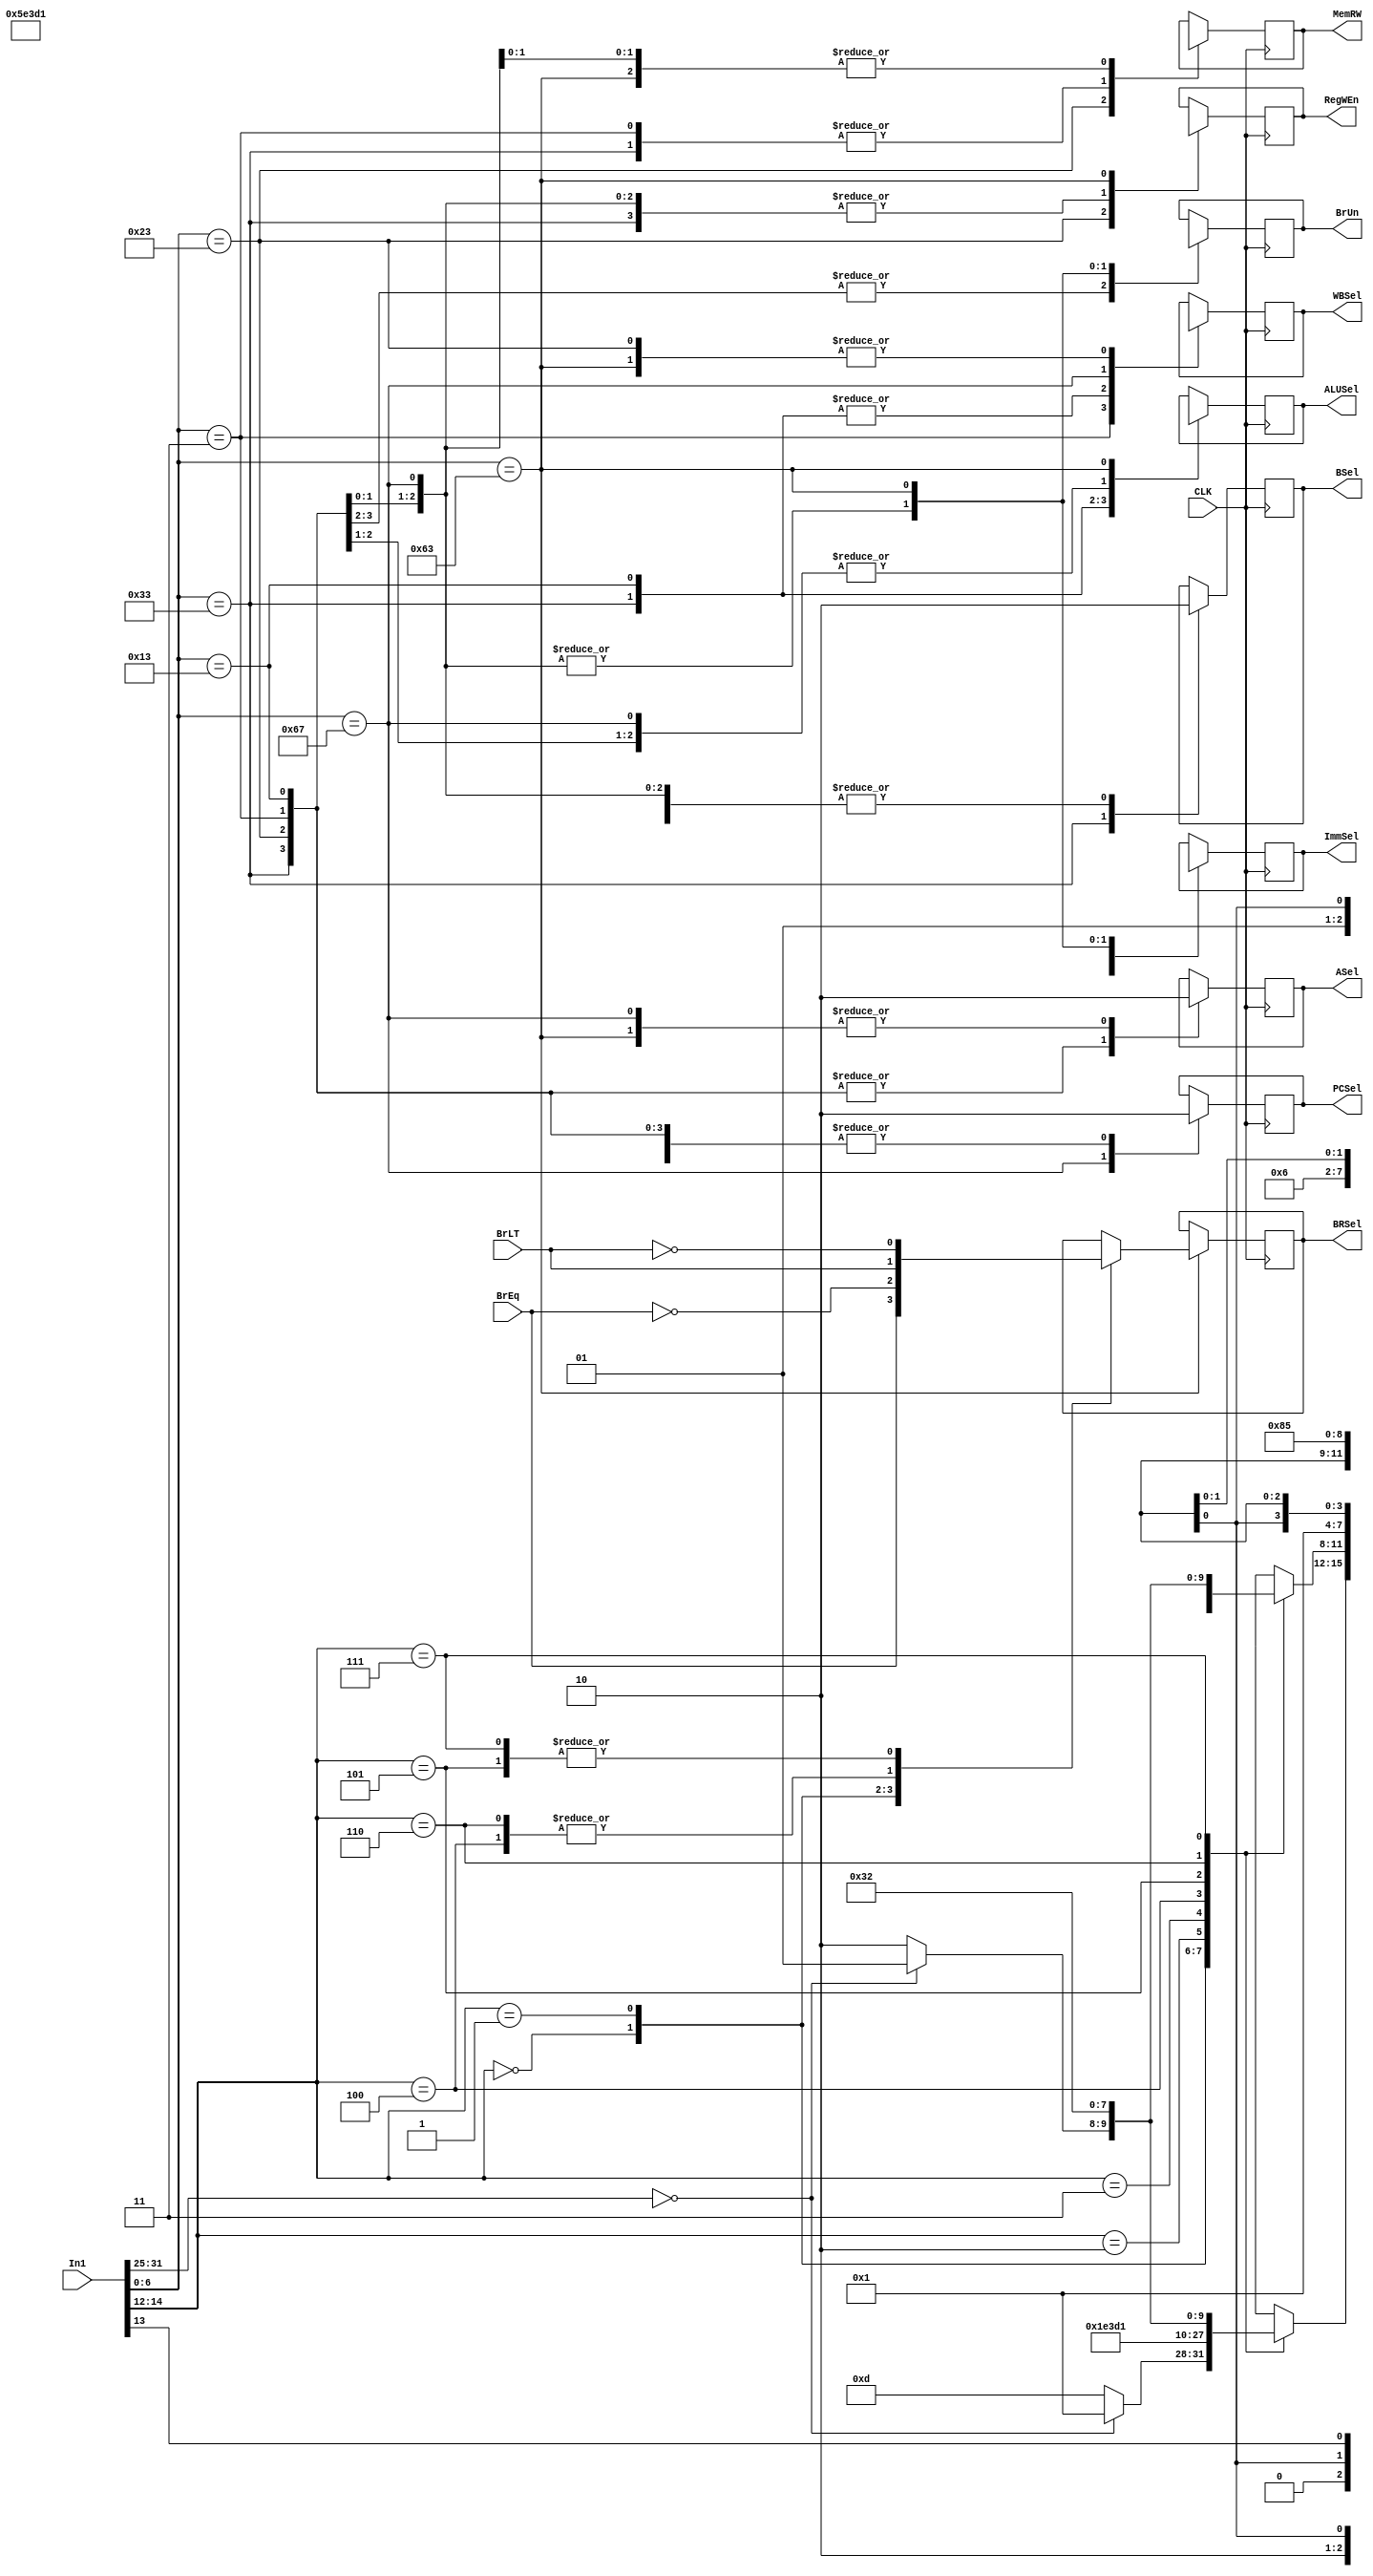
module Control(In1,CLK,BrEq,BrLT,PCSel,ImmSel,BrUn,ASel,BSel,ALUSel,MemRW,RegWEn,WBSel,BRSel);
input CLK,BrEq,BrLT;
output reg PCSel,BrUn,ASel,BSel,MemRW,RegWEn,BRSel;
output reg [2:0]ImmSel;
output reg [3:0]ALUSel;
output reg [1:0]WBSel;
reg [6:0] funct7,opcode;//remember inside always block we always use reg but outside the always we use wire
reg [2:0] funct3;
parameter R=7'b0110011 ,S=7'b0100011 ,Il = 7'b0000011 ,IS = 7'b0010011,Ij =7'b1100111 ,SB=7'b1100011 ;
input [31:0] In1;
always@(posedge CLK)
begin
funct3 = In1[14:12];
funct7 = In1[31:25];
opcode = In1[6:0];
case(opcode)
R:
begin 
PCSel = 0;
BrUn = 0;
ASel = 1;
BSel = 1;
MemRW = 0;
RegWEn = 1;
WBSel = 2'b01;
ImmSel = 3'bxxx;
case(funct3)
3'b000:
begin
if(funct7 == 0000000)
ALUSel = 4'b0001;//add
else
ALUSel = 4'b1101;//sub
end
3'b001:ALUSel = 4'b0111;//sll
3'b010:ALUSel = 4'b1000;//slt
3'b011:ALUSel = 4'b1111;//sltu
3'b100:ALUSel = 4'b0100;//xor
3'b101://srl#sra
begin
if(funct7 == 0000000)
ALUSel = 4'b0101;//srl
else
ALUSel = 4'b0110;//sra
end
3'b110:ALUSel = 4'b0011;//or
3'b111:ALUSel = 4'b0010;//and
endcase
end
S:
begin
PCSel = 0;
BrUn = 0;
ASel = 1;
BSel = 0;
MemRW = 1;
RegWEn =0 ;
WBSel = 2'bxx;
ALUSel = 4'b0001;
ImmSel = 3'b010;
end

Il://only contains load word
begin
PCSel = 0;
BrUn = 1'bx;
ASel = 1;
BSel = 0;
MemRW = 0;
RegWEn = 1;
WBSel = 2'b00;
ALUSel = 4'b0001;
ImmSel = 3'b000;
end

IS:
begin
PCSel =0 ;
BrUn = 1'bx;
ASel = 1;
BSel = 0;
MemRW = 1'bx;
RegWEn = 1;
WBSel = 2'b01;
ImmSel = 3'b000;
case(funct3)
3'b000:ALUSel = 4'b0001;//addi
3'b001:ALUSel = 4'b0111;//slli
3'b010:ALUSel = 4'b1000;//slti
3'b011:ALUSel = 4'b1111;//sltiu
3'b100:ALUSel = 4'b0100;//xori
3'b101:
begin
if(funct7 == 0000000)
begin
ALUSel = 4'b0101;//srli
end
else
ALUSel = 4'b0110;//srai
end
3'b110:ALUSel = 4'b0011;//ori
3'b111:ALUSel = 4'b0010;//andi
endcase
end

Ij:
begin
PCSel = 1;
BrUn = 1'bx;
ASel = 0;
BSel = 0;
MemRW = 1'bx;
RegWEn = 1;
WBSel = 2'b10;
ALUSel = 4'b0001;
ImmSel = 3'b000;
end


SB:
begin
PCSel = 0;
ASel = 0;
BSel = 0;
MemRW = 1'bx;
RegWEn = 1'bx;
WBSel = 2'bx;
ALUSel = 4'bx;
ImmSel = 3'b101;
BrUn = funct3[1];
case(funct3)//Make this work in order to Work for Branch .SO change PCSel and BrUn 
3'b000://beq
BRSel = BrEq;

3'b001://bne
BRSel = ~BrEq;

3'b100://blt
BRSel = BrLT;

3'b101://bge
BRSel =~BrLT;

3'b110://bltu
BRSel=BrLT;

3'b111://bgeu
BRSel =~BrLT;


endcase
end
endcase
end

endmodule